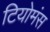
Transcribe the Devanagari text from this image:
टियोमंस